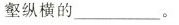
壑纵横的___。